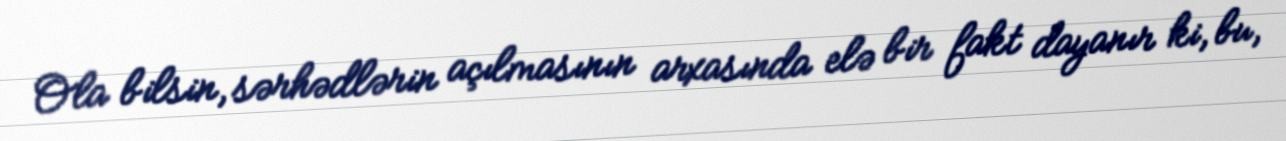
Ola bilsin, sərhədlərin açılmasının arxasında elə bir fakt dayanır ki, bu,